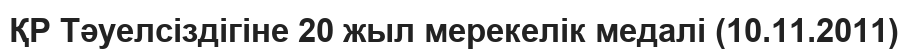
ҚР Тәуелсіздігіне 20 жыл мерекелік медалі (10.11.2011)